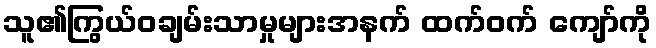
သူ၏ကြွယ်ဝချမ်းသာမှုများအနက် ထက်ဝက် ကျော်ကို